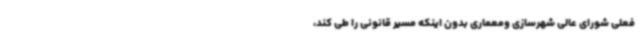
فعلی شورای عالی شهرسازی ومعماری بدون اینکه مسیر قانونی را طی کند،